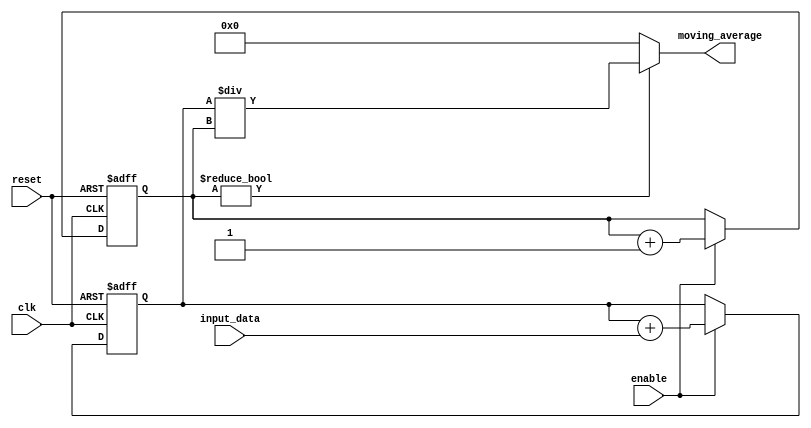
module Moving_Average_Accumulator (
    input wire clk,
    input wire reset,
    input wire enable,
    input wire [7:0] input_data,
    output reg [15:0] moving_average
);

reg [15:0] sum = 0;
reg [7:0] count = 0;

always @(posedge clk or posedge reset) begin
    if (reset) begin
        sum <= 0;
        count <= 0;
    end else if (enable) begin
        sum <= sum + input_data;
        count <= count + 1;
    end
end

always @(*) begin
    if (count != 0) begin
        moving_average = sum / count;
    end else begin
        moving_average = 0;
    end
end

endmodule